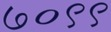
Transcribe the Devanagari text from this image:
७०९९